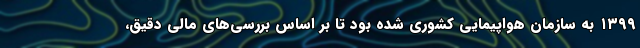
۱۳۹۹ به سازمان هواپیمایی کشوری شده بود تا بر اساس بررسی‌های مالی دقیق،